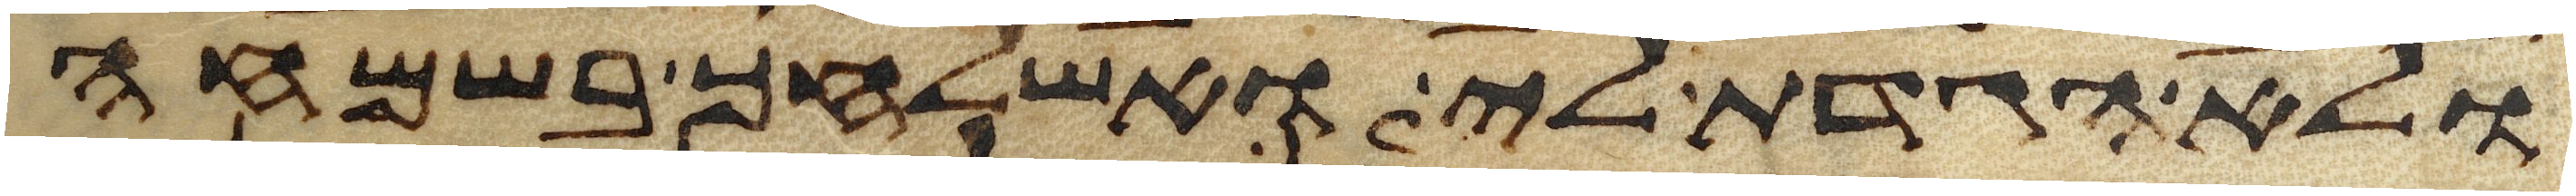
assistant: ולא הגדת לי ואשלחך בשמחה